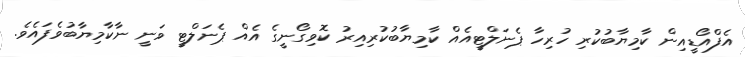
އެފްއޯޑީއިން ކާމިޔާބުކުރި ހުރިހާ ޕެނަލްޓީއެއް ކާމިޔާބުކުރިއިރު ކޮވިގޯނީގެ އެއް ޕެނަލްޓީ ވަނީ ނާކާމިޔާބުވެފައެވެ.